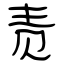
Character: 责